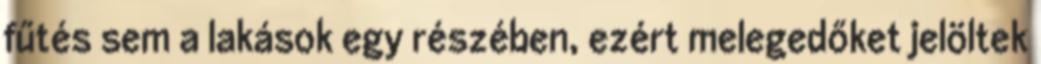
fűtés sem a lakások egy részében, ezért melegedőket jelöltek